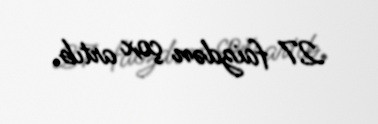
27 faizdən çox artıb.